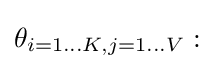
\theta _{i=1\dots K,j=1\dots V}: